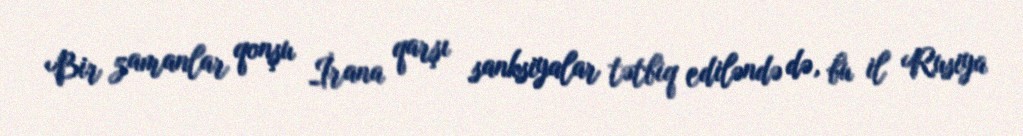
Bir zamanlar qonşu İrana qarşı sanksiyalar tətbiq ediləndə də, bu il Rusiya